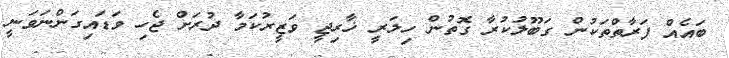
ބައެއް ފަރާތްތަކުން ގަބޫލުކުރާ ގޮތުން ހިލަރީ ޚާރިޖީ ވަޒީރުކަމާ ދުރަށް ޖެހި ވަޑައިގަންނަވަނީ